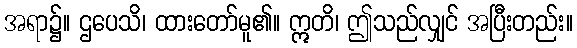
အရာ၌။ ဌပေသိ၊ ထားတော်မူ၏။ ဣတိ၊ ဤသည်လျှင် အပြီးတည်း။